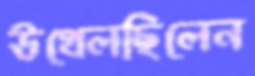
উথ্‌লেছিলেন